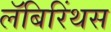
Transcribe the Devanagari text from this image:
लॅबिरिंथस